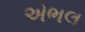
એભલ